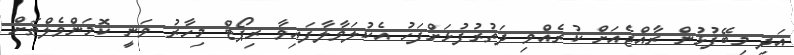
އަދި މިބޭފުޅުން ރާއްޖެއަށް ކުރެއްވި ދަތުރުފުޅަށްފަހު އެކުލަވާލާފައިވާ ރިޕޯޓް މިހާރު ވަނީ ކޮމަންވެލްތަށް